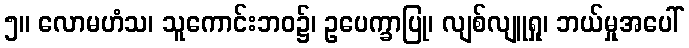
၅။ လောမဟံသ၊ သူကောင်းဘဝ၌၊ ဥပေက္ခာပြု၊ လျစ်လျူရှု၊ ဘယ်မှုအပေါ်